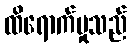
ထိရောက်မှုသည်